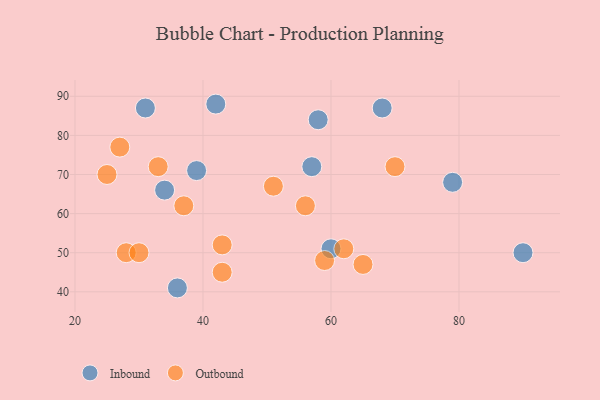
{"axis": {"x": "GDP", "y": "Life Expectancy"}, "legend": ["Inbound", "Outbound"], "data": [{"x": "31", "y": 87, "type": "Inbound"}, {"x": "60", "y": 51, "type": "Inbound"}, {"x": "68", "y": 87, "type": "Inbound"}, {"x": "34", "y": 66, "type": "Inbound"}, {"x": "79", "y": 68, "type": "Inbound"}, {"x": "57", "y": 72, "type": "Inbound"}, {"x": "36", "y": 41, "type": "Inbound"}, {"x": "39", "y": 71, "type": "Inbound"}, {"x": "42", "y": 88, "type": "Inbound"}, {"x": "90", "y": 50, "type": "Inbound"}, {"x": "58", "y": 84, "type": "Inbound"}, {"x": "43", "y": 45, "type": "Outbound"}, {"x": "70", "y": 72, "type": "Outbound"}, {"x": "65", "y": 47, "type": "Outbound"}, {"x": "51", "y": 67, "type": "Outbound"}, {"x": "43", "y": 52, "type": "Outbound"}, {"x": "27", "y": 77, "type": "Outbound"}, {"x": "25", "y": 70, "type": "Outbound"}, {"x": "62", "y": 51, "type": "Outbound"}, {"x": "28", "y": 50, "type": "Outbound"}, {"x": "56", "y": 62, "type": "Outbound"}, {"x": "37", "y": 62, "type": "Outbound"}, {"x": "30", "y": 50, "type": "Outbound"}, {"x": "33", "y": 72, "type": "Outbound"}, {"x": "59", "y": 48, "type": "Outbound"}]}